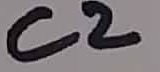
Text: C2